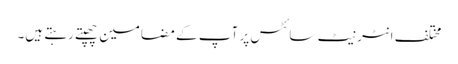
مختلف انٹر نیٹ سائٹس پر آپ کے مضامین چھپتے رہتے ہیں۔